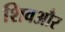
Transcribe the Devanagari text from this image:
शिवऔर